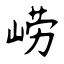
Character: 崂